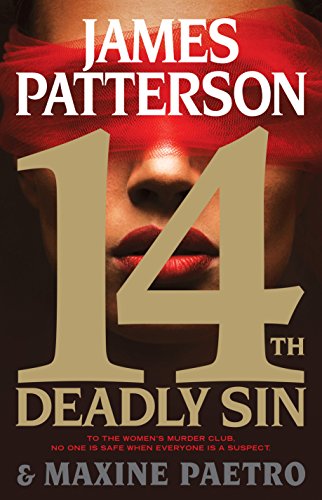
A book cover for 14th Deadly Sin (Women's Murder Club); James Patterson; Mystery, Thriller & Suspense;